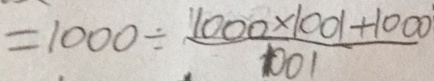
= 1 0 0 0 \div \frac { 1 0 0 0 \times 1 0 0 1 + 1 0 0 0 } { 1 0 0 1 }